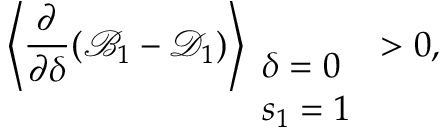
\left\langle \frac { \partial } { \partial \delta } ( \mathcal { B } _ { 1 } - \mathcal { D } _ { 1 } ) \right\rangle _ { \begin{array} { l } { \delta = 0 } \\ { s _ { 1 } = 1 } \end{array} } > 0 ,